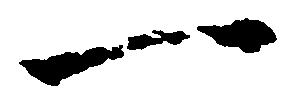
一